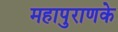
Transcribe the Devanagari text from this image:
महापुराणके